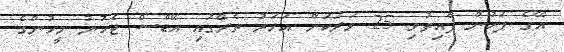
އޭގެ ފަހުން ފާއިތުވި 25 ވަރަކަށް އަހަރު ތެރޭގައި އޭޑްސް ޖެހުނު މީހުންގެ